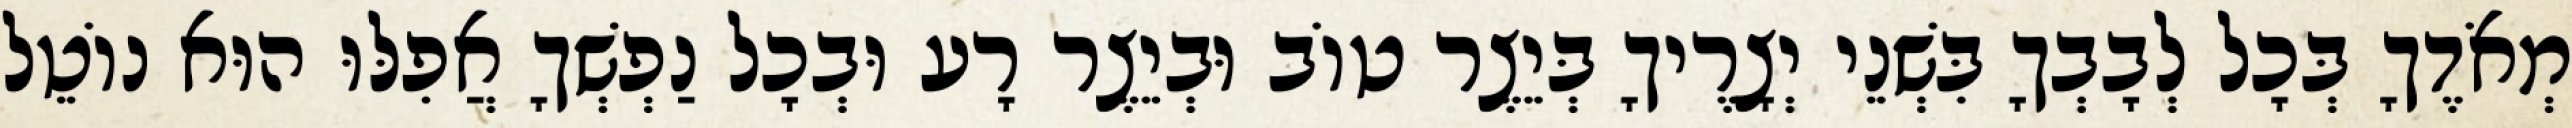
מְאֹדֶךָ בְּכָל לְבָבְךָ בִּשְׁנֵי יְצָרֶיךָ בְּיֵצֶר טוֹב וּבְיֵצֶר רָע וּבְכָל נַפְשְׁךָ אֲפִלּוּ הוּא נוֹטֵל